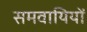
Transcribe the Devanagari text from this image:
समवायियों